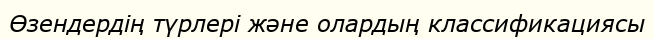
Өзендердің түрлері және олардың классификациясы